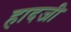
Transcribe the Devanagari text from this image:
हादजी